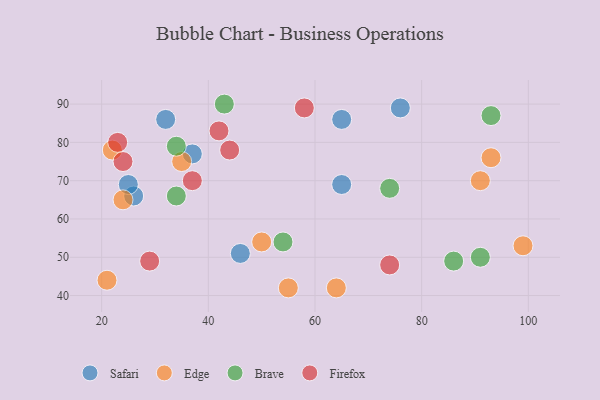
{"axis": {"x": "GDP", "y": "Life Expectancy"}, "legend": ["Brave", "Edge", "Firefox", "Safari"], "data": [{"x": "65", "y": 86, "type": "Safari"}, {"x": "26", "y": 66, "type": "Safari"}, {"x": "65", "y": 69, "type": "Safari"}, {"x": "46", "y": 51, "type": "Safari"}, {"x": "37", "y": 77, "type": "Safari"}, {"x": "76", "y": 89, "type": "Safari"}, {"x": "32", "y": 86, "type": "Safari"}, {"x": "25", "y": 69, "type": "Safari"}, {"x": "50", "y": 54, "type": "Edge"}, {"x": "91", "y": 70, "type": "Edge"}, {"x": "99", "y": 53, "type": "Edge"}, {"x": "55", "y": 42, "type": "Edge"}, {"x": "93", "y": 76, "type": "Edge"}, {"x": "24", "y": 65, "type": "Edge"}, {"x": "22", "y": 78, "type": "Edge"}, {"x": "64", "y": 42, "type": "Edge"}, {"x": "21", "y": 44, "type": "Edge"}, {"x": "35", "y": 75, "type": "Edge"}, {"x": "91", "y": 50, "type": "Brave"}, {"x": "74", "y": 68, "type": "Brave"}, {"x": "34", "y": 79, "type": "Brave"}, {"x": "54", "y": 54, "type": "Brave"}, {"x": "34", "y": 66, "type": "Brave"}, {"x": "86", "y": 49, "type": "Brave"}, {"x": "43", "y": 90, "type": "Brave"}, {"x": "93", "y": 87, "type": "Brave"}, {"x": "74", "y": 48, "type": "Firefox"}, {"x": "24", "y": 75, "type": "Firefox"}, {"x": "37", "y": 70, "type": "Firefox"}, {"x": "44", "y": 78, "type": "Firefox"}, {"x": "29", "y": 49, "type": "Firefox"}, {"x": "58", "y": 89, "type": "Firefox"}, {"x": "23", "y": 80, "type": "Firefox"}, {"x": "42", "y": 83, "type": "Firefox"}]}